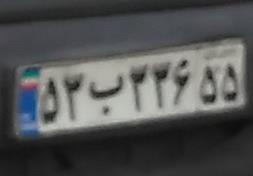
۵۳ب۳۳۶۵۵